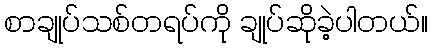
စာချုပ်သစ်တရပ်ကို ချုပ်ဆိုခဲ့ပါတယ်။